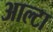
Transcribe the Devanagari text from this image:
आल्टा